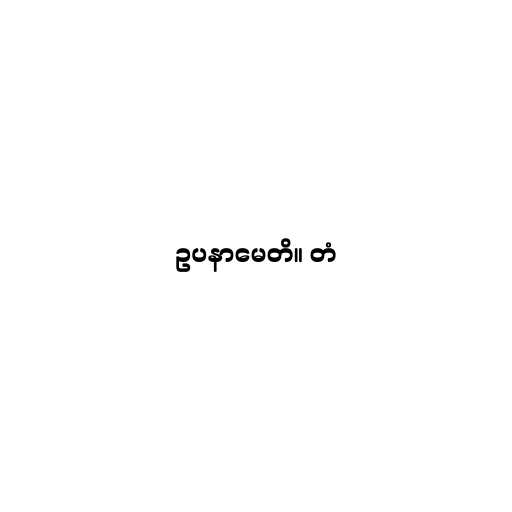
ဥပနာမေတိ။ တံ